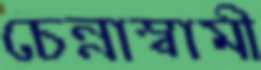
চেন্নাস্বামী